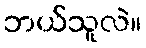
ဘယ်သူလဲ။